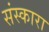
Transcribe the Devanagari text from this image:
संस्कारा